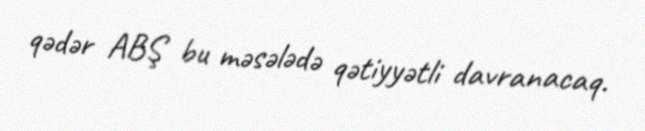
qədər ABŞ bu məsələdə qətiyyətli davranacaq.